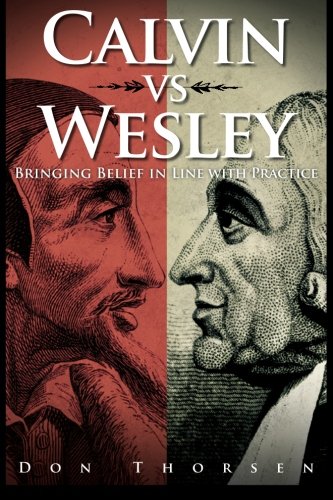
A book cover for Calvin vs. Wesley: Bringing Belief in Line with Practice; Don Thorsen; Christian Books & Bibles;